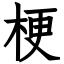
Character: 梗